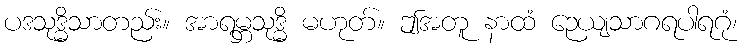
ပဒသုဒ္ဓိသာတည်း။ အာရမ္ဘသုဒ္ဓိ မဟုတ်။ ဤအတူ နာထံ ဉေယျသာဂရပါရဂုံ၊